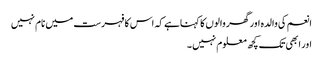
انعم کی والدہ اور گھر والوں کا کہناہے کہ اس کا فہرست میں نام نہیں
اور ابھی تک کچھ معلوم نہیں ۔